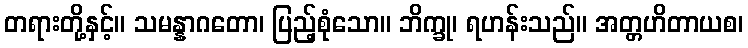
တရားတို့နှင့်။ သမန္နာဂတော၊ ပြည့်စုံသော။ ဘိက္ခု၊ ရဟန်းသည်။ အတ္တဟိတာယစ၊